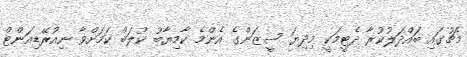
މެޗުގައި ބައްދަލުކުރާ ދެޓީމަކީ މިދިޔަ ސީޒަންގެ އެންމެ ކާމިޔާބު ކުލަބް ކަމަށްވާ ނިއުރޭޑިއަންޓް